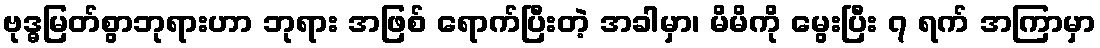
ဗုဒ္ဓမြတ်စွာဘုရားဟာ ဘုရား အဖြစ် ရောက်ပြီးတဲ့ အခါမှာ၊ မိမိကို မွေးပြီး ၇ ရက် အကြာမှာ